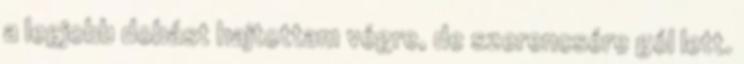
a legjobb dobást hajtottam végre, de szerencsére gól lett.